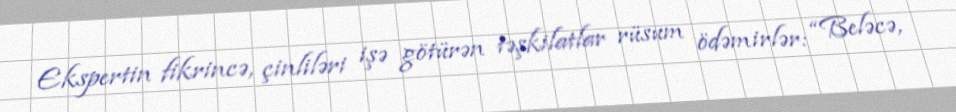
Ekspertin fikrincə, çinliləri işə götürən təşkilatlar rüsum ödəmirlər: “Beləcə,